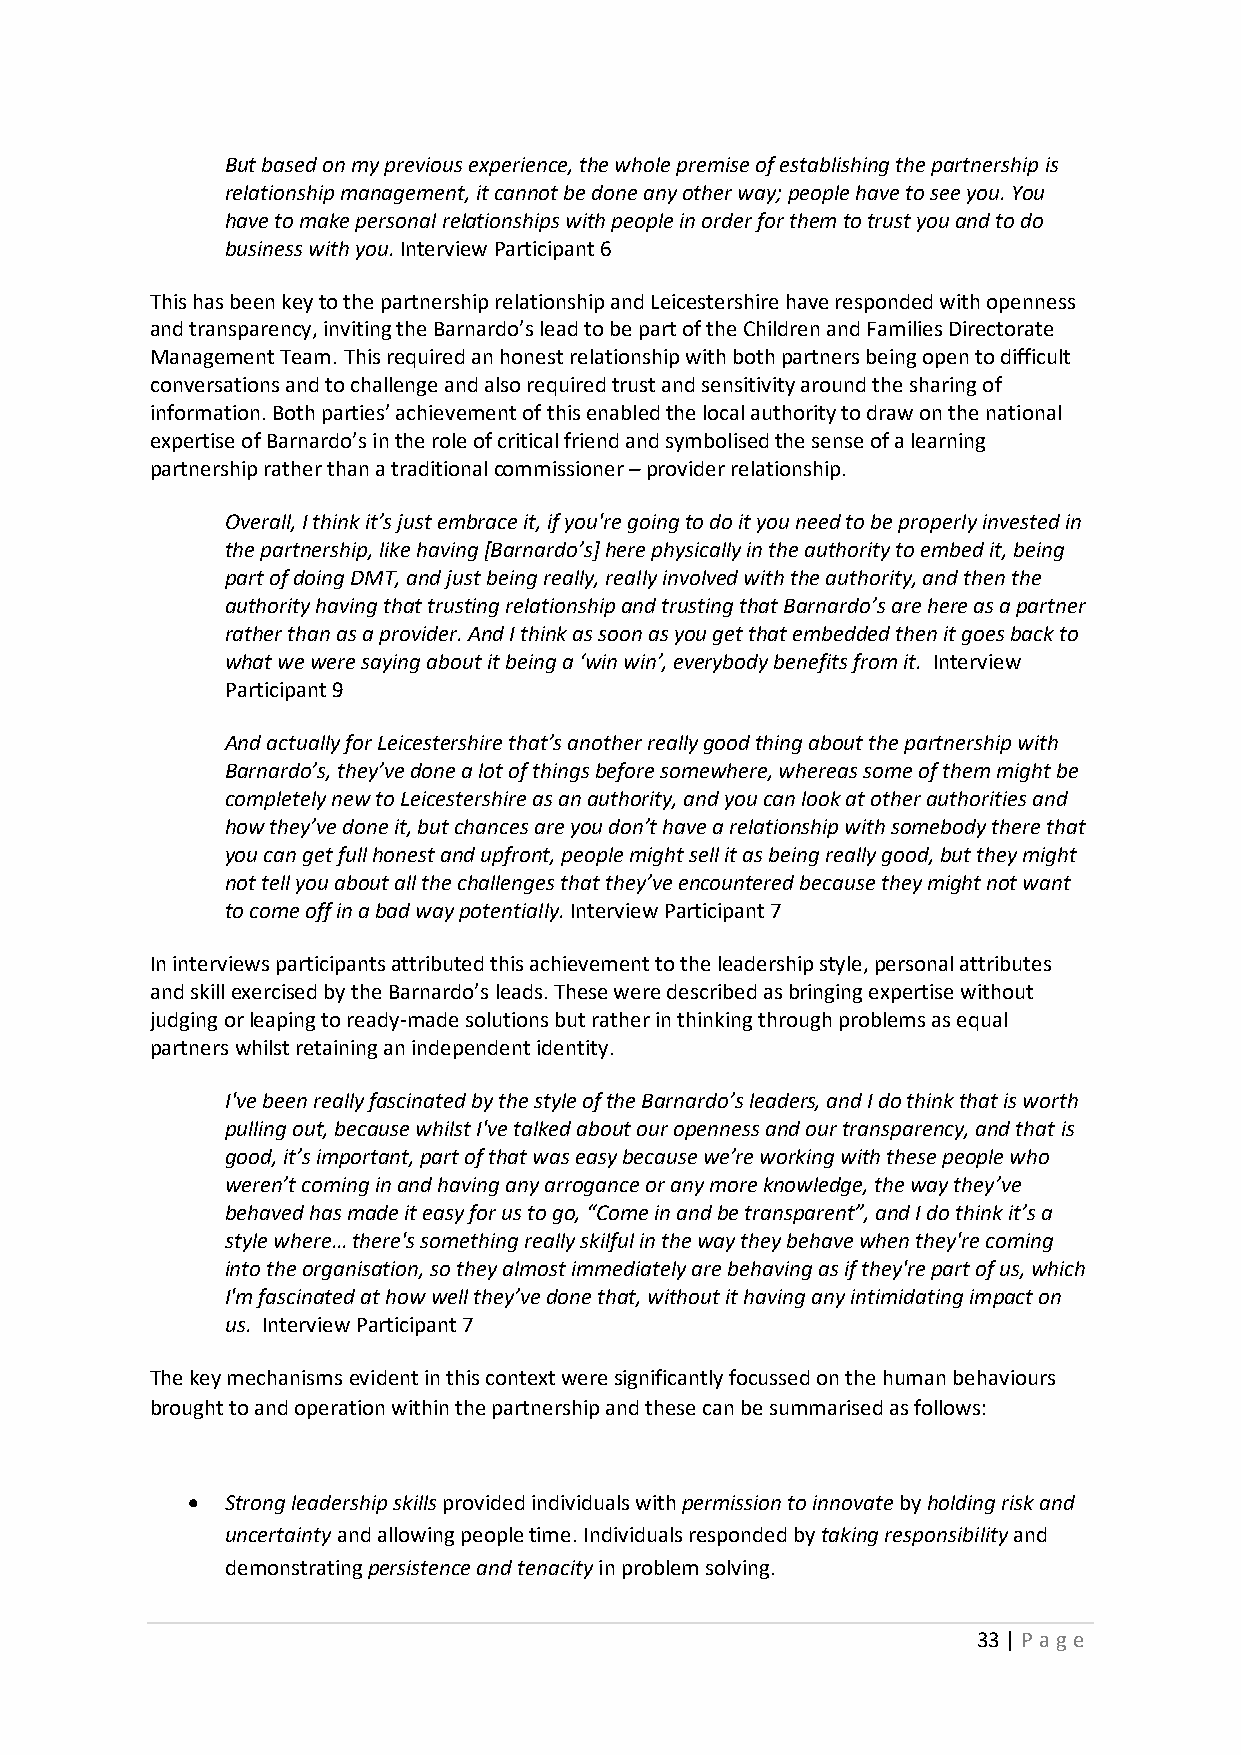
But based on my previous experience, the whole premise of establishing the partnership is
 relationship management, it cannot be done any other way; people have to see you. You
 have to make personal relationships with people in order for them to trust you and to do
 business with you. Interview Participant 6
 This has been key to the partnership relationship and Leicestershire have responded with openness
 and transparency, inviting the Barnardo’s lead to be part of the Children and Families Directorate
 Management Team. This required an honest relationship with both partners being open to difficult
 conversations and to challenge and also required trust and sensitivity around the sharing of
 information. Both parties’ achievement of this enabled the local authority to draw on the national
 expertise of Barnardo’s in the role of critical friend and symbolised the sense of a learning
 partnership rather than a traditional commissioner – provider relationship.
 Overall, I think it’s just embrace it, if you're going to do it you need to be properly invested in
 the partnership, like having [Barnardo’s] here physically in the authority to embed it, being
 part of doing DMT, and just being really, really involved with the authority, and then the
 authority having that trusting relationship and trusting that Barnardo’s are here as a partner
 rather than as a provider. And I think as soon as you get that embedded then it goes back to
 what we were saying about it being a ‘win win’, everybody benefits from it. Interview
 Participant 9
 And actually for Leicestershire that’s another really good thing about the partnership with
 Barnardo’s, they’ve done a lot of things before somewhere, whereas some of them might be
 completely new to Leicestershire as an authority, and you can look at other authorities and
 how they’ve done it, but chances are you don’t have a relationship with somebody there that
 you can get full honest and upfront, people might sell it as being really good, but they might
 not tell you about all the challenges that they’ve encountered because they might not want
 to come off in a bad way potentially. Interview Participant 7
 In interviews participants attributed this achievement to the leadership style, personal attributes
 and skill exercised by the Barnardo’s leads. These were described as bringing expertise without
 judging or leaping to ready-made solutions but rather in thinking through problems as equal
 partners whilst retaining an independent identity.
 I've been really fascinated by the style of the Barnardo’s leaders, and I do think that is worth
 pulling out, because whilst I've talked about our openness and our transparency, and that is
 good, it’s important, part of that was easy because we’re working with these people who
 weren’t coming in and having any arrogance or any more knowledge, the way they’ve
 behaved has made it easy for us to go, “Come in and be transparent”, and I do think it’s a
 style where… there's something really skilful in the way they behave when they're coming
 into the organisation, so they almost immediately are behaving as if they're part of us, which
 I'm fascinated at how well they’ve done that, without it having any intimidating impact on
 us. Interview Participant 7
 The key mechanisms evident in this context were significantly focussed on the human behaviours
 brought to and operation within the partnership and these can be summarised as follows:
 •  Strong leadership skills provided individuals with permission to innovate by holding risk and
 uncertainty and allowing people time. Individuals responded by taking responsibility and
 demonstrating persistence and tenacity in problem solving.
 33 | P age